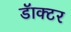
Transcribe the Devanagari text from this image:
डॅाक्टर